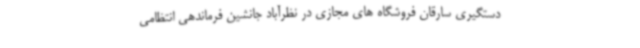
دستگیری سارقان فروشگاه های مجازی در نظرآباد جانشین فرماندهی انتظامی